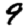
Digit: 9